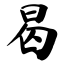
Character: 曷